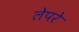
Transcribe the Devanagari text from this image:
लेपरे